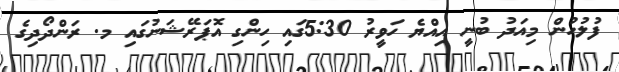
ފުލުހުން މިއަދު ބުނީ އިއްޔެ ހަވީރު 5:30ގައި ހިންގި އޮޕަރޭޝަނުގައި މ. ރަންދޯދިގެ